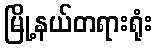
မြို့နယ်တရားရုံး